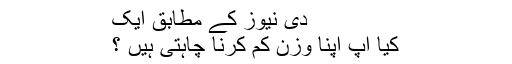
دی نیوز کے مطابق ایک
کیا آپ اپنا وزن کم کرنا چاہتی ہیں ؟